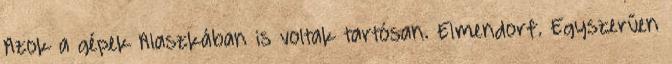
Azok a gépek Alaszkában is voltak tartósan. Elmendorf. Egyszerűen